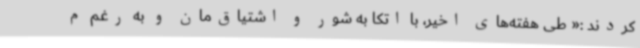
کردند :« طی هفته‌های اخیر، با اتکا به شور و اشتیاق‌مان و به رغم م